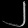
Digit: ၂